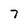
Character: 7